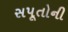
સપૂતોની